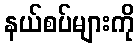
နယ်စပ်များကို